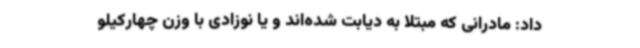
داد: مادرانی که مبتلا به دیابت شده‌اند و یا نوزادی با وزن چهارکیلو